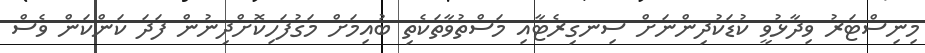
މިނިސްޓަރު ވިދާޅުވީ ކުޑަކުދިންނަށް ސިނގިރެޓާއި މަސްތުވާތަކެތި ބުއިމަށް މަގުފަހިކޮށްދިނުން ފަދަ ކަންކަން ވެސް